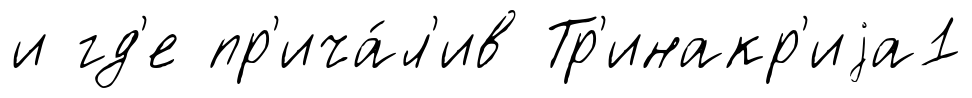
и гд'е пр'ича́л'ив Тр'инакр'иjа1